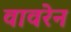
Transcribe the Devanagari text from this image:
वावरेन